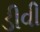
ડીવી